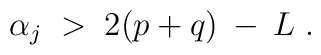
\alpha_j \;>\; 2 (p+q) \:-\: L \;.